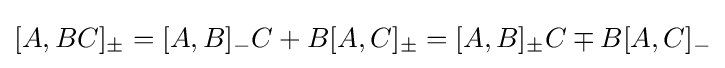
[A,BC]_{\pm }=[A,B]_{-}C+B[A,C]_{\pm }=[A,B]_{\pm }C\mp B[A,C]_{-}